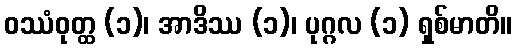
ဝဿံဝုတ္ထ (၁)၊ အာဒိဿ (၁)၊ ပုဂ္ဂလ (၁) ရှစ်မာတိ။